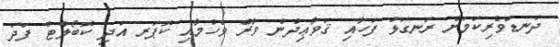
ދަނޑުވެރިކަމަށް ރަނގަޅު ފަހާއި ޤަވާޢިދުން ވާރޭ ވެހުމާއި ކޮޕަރ އަދި ކޮބޯލްޓް ފަދަ